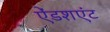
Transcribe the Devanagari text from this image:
ऐंडशएंट